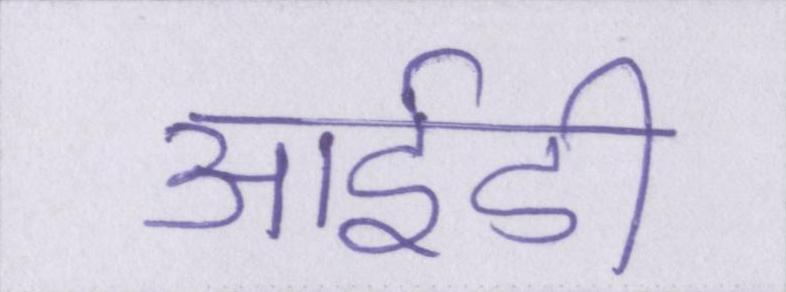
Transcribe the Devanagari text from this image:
आईडी